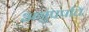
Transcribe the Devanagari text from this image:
अनुपपत्ति